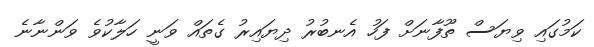
ކަމުގައި ވިޔަސް ތޫފާނަށް ފަހު އެނބުރު ދިޔައިރު ގެތައް ވަނީ ހަލާކުވެ ވަންނާނެ